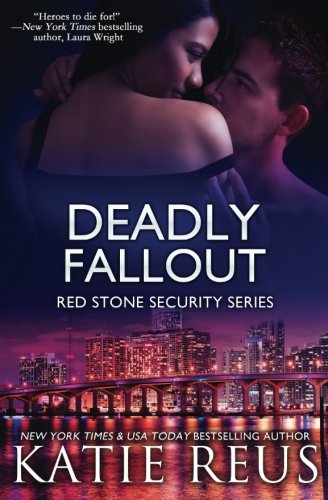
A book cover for Deadly Fallout (Red Stone Security Series) (Volume 10); Katie Reus; Romance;